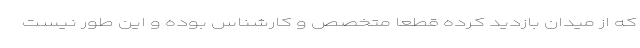
که از میدان بازدید کرده قطعاً متخصص و کارشناس بوده و این طور نیست